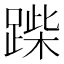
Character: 䠕